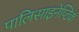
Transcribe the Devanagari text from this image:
पालिसाइनेप्टिक